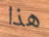
هذا